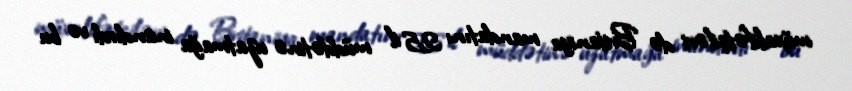
müxalifətçiləri də Britaniya mandatını 25 il müddətinə uzatmağa inandırdı və bu